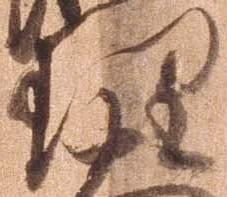
理